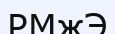
РМжЭ